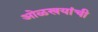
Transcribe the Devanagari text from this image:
ओळखयांची